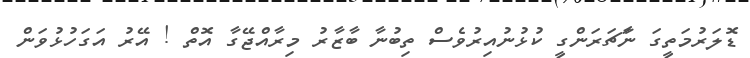
ޑޮލަރުމަތީގަ ނަާޗަރަންގީ ކުޅުނުއިރުވެސް ތިބުނާ ބާޒާރު މިރާއްޖޭގާ އޮތް ! އޭރު އަގަހުޅުވަން